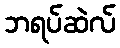
ဘရပ်ဆဲလ်